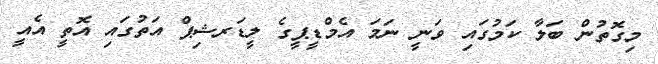
މިގޮތުން ބަލާ ކަމުގައި ވަނީ ނަމަ އެމްޑީޕީގެ ލީޑަރޝިޕް އަތުގައި އޮތީ އެއީ